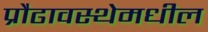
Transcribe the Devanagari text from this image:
प्रौढावस्थेमधील